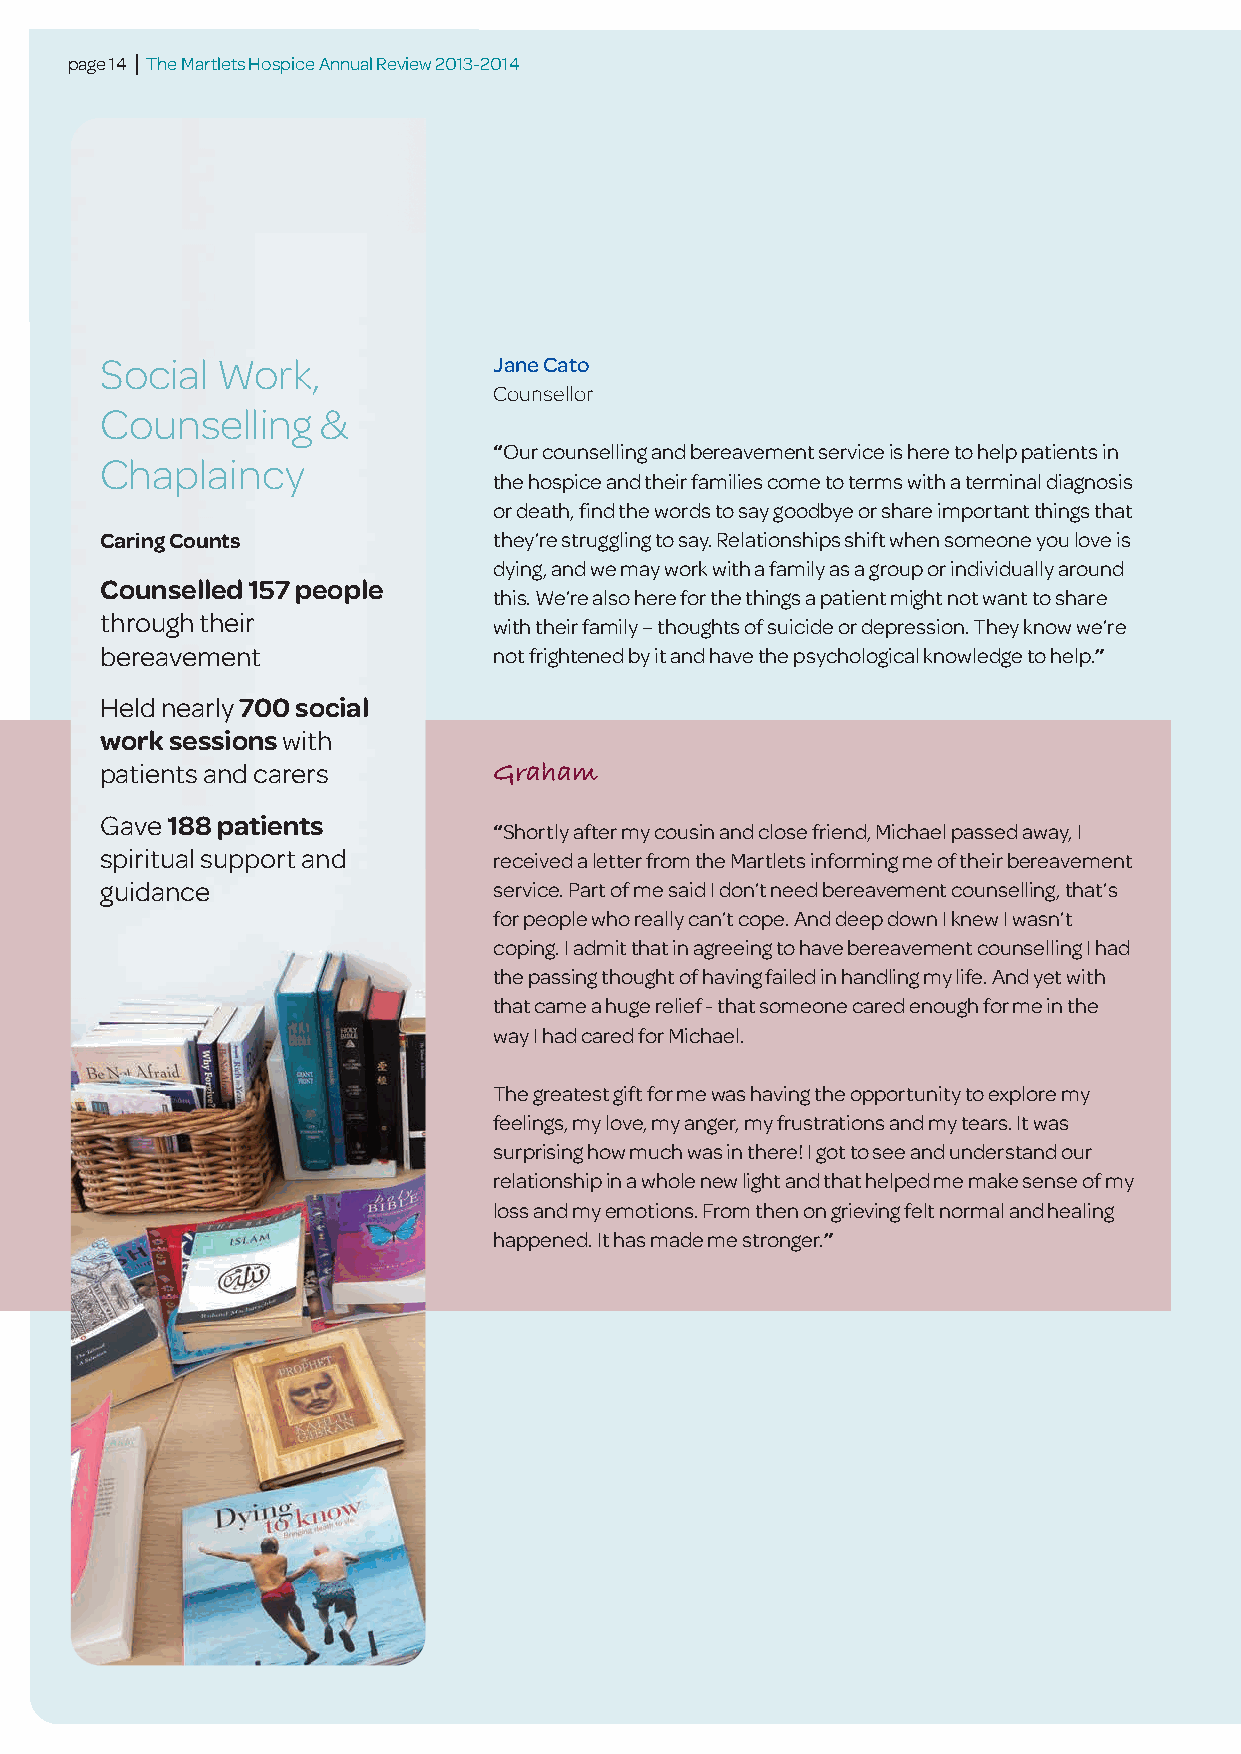
page 14 | The Martlets Hospice Annual Review 2013-2014
 Social Work,              Jane Cato
 Counsellor
 Counselling   &
 “Our counselling and bereavement service is here to help patients in
 Chaplaincy
 the hospice and their families come to terms with a terminal diagnosis
 or death, find the words to say goodbye or share important things that
 Caring Counts             they’re struggling to say. Relationships shift when someone you love is
 dying, and we may work with a family as a group or individually around
 Counselled 157 people
 this. We’re also here for the things a patient might not want to share
 through their
 with their family – thoughts of suicide or depression. They know we’re
 bereavement               not frightened by it and have the psychological knowledge to help.”
 Held nearly 700 social
 work sessionswith
 patients and carers       Graham
 Gave 188 patients
 “Shortly after my cousin and close friend, Michael passed away, I
 spiritual support and     received a letter from the Martlets informing me of their bereavement
 guidance                  service. Part of me said I don’t need bereavement counselling, that’s
 for people who really can’t cope. And deep down I knew I wasn’t
 coping. I admit that in agreeing to have bereavement counselling I had
 the passing thought of having failed in handling my life. And yet with
 that came a huge relief - that someone cared enough for me in the
 way I had cared for Michael.
 The greatest gift for me was having the opportunity to explore my
 feelings, my love, my anger, my frustrations and my tears. It was
 surprising how much was in there! I got to see and understand our
 relationship in a whole new light and that helped me make sense of my
 loss and my emotions. From then on grieving felt normal and healing
 happened. It has made me stronger.”